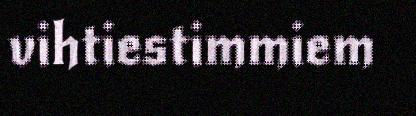
vihtiestimmiem